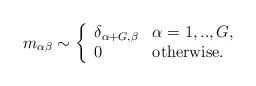
\begin{align*}m_{\alpha \beta} \sim \left\{ \begin{array}{ll}\delta_{\alpha +G , \beta} & \alpha=1,..,G, \\0 & \textrm{otherwise}.\end{array} \right.\end{align*}